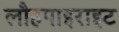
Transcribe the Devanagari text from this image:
लौहपाइराइट